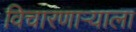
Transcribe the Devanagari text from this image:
विचारणाऱ्याला